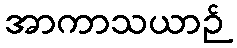
အာကာသယာဉ်